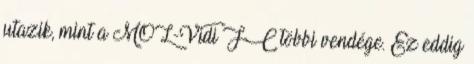
utazik, mint a MOL-Vidi FC többi vendége. Ez eddig